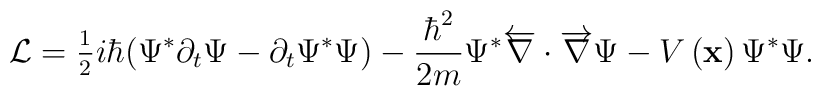
\mathcal{L}=\frac{_1}{^2}i\hbar (\Psi ^{*}\partial _t\Psi -\partial _t\Psi^{*}\Psi )-\frac{\hbar ^2}{2m}\Psi ^{*}\overleftarrow{\nabla }\cdot \overrightarrow{\nabla }\Psi -V\left( \mathbf{x}\right) \Psi ^{*}\Psi .